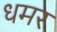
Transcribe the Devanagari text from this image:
धमर